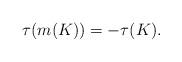
LaTeX: \begin{align*}\tau (m(K))=-\tau (K).\end{align*}